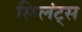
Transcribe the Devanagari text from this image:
स्प्लिंट्स